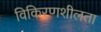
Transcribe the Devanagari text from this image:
विकिरणशीलता